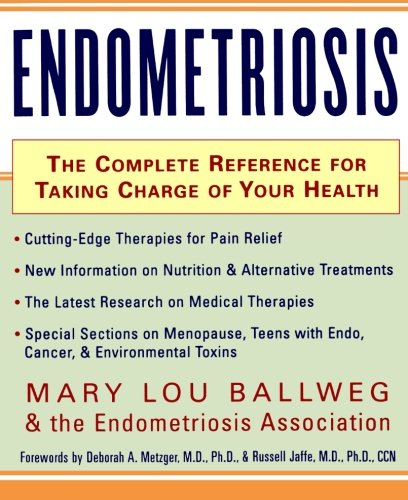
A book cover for Endometriosis : The Complete Reference for Taking Charge of Your Health; Mary Lou Ballweg; Health, Fitness & Dieting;